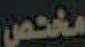
مختص